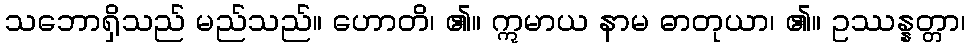
သဘောရှိသည် မည်သည်။ ဟောတိ၊ ၏။ ဣမာယ နာမ ဓာတုယာ၊ ၏။ ဥဿန္နတ္တာ၊